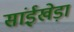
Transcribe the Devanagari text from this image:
सांईखेड़ा